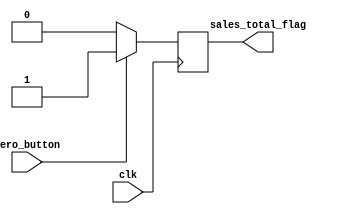
module TotalZero (
	input wire clk,
    input wire zero_button,       
    output reg sales_total_flag 
);


always @(posedge clk) begin
	if(zero_button)	sales_total_flag <= 1'd1;   
	else sales_total_flag <= 1'd0;        
end


endmodule